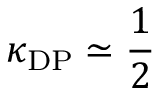
\kappa _ { \mathrm { D P } } \simeq \frac { 1 } { 2 }